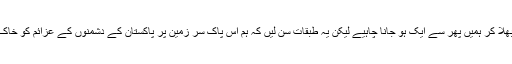
ماضی کی تلخیاں بھلا کر ہمیں پھر سے ایک ہو جانا چاہیے لیکن یہ طبقات سن لیں کہ ہم اس پاک سر زمین پر پاکستان کے دشمنوں کے عزائم کو خاک میں ملا دیں گے۔